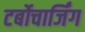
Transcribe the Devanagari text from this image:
टर्बोचार्जिंग